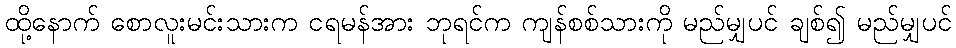
ထို့နောက် စောလူးမင်းသားက ငရမန်အား ဘုရင်က ကျန်စစ်သားကို မည်မျှပင် ချစ်၍ မည်မျှပင်